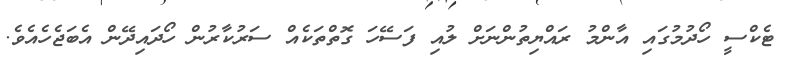
ޓެކްސީ ހޯދުމުގައި އާންމު ރައްޔިތުންނަށް ލުއި ފަސޭހަ ގޮތްތަކެއް ސަރުކާރުން ހޯދައިދޭން އެބަޖެހެއެވެ.